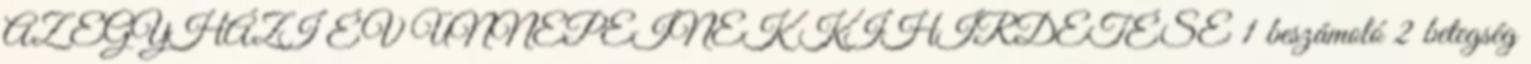
AZ EGYHÁZI ÉV ÜNNEPEINEK KIHIRDETÉSE 1 beszámoló 2 betegség